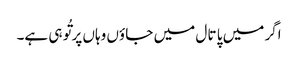
اگر میں پا تا ل میں جا ؤں وہاں پر تُو ہی ہے۔